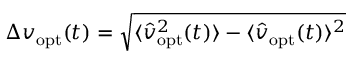
\Delta v _ { \mathrm { o p t } } ( t ) = \sqrt { \langle \hat { v } _ { \mathrm { o p t } } ^ { 2 } ( t ) \rangle - \langle \hat { v } _ { \mathrm { o p t } } ( t ) \rangle ^ { 2 } }